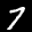
Label: 7